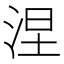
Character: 涅